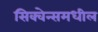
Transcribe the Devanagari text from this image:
सिक्वेन्समधील